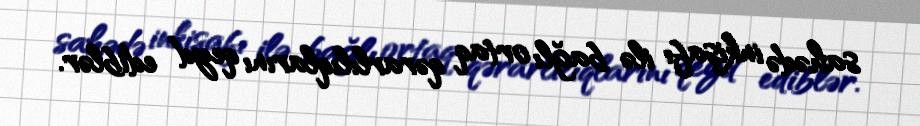
sahədə inkişafı ilə bağlı ortaq qərarlılıqlarını qeyd ediblər.